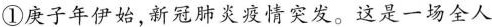
①庚子年伊始，新冠肺炎疫情突发。这是一场全人